Report of the Indian Hemp Drugs Commission, 1894-1895 - Volume VII
Year: 1894
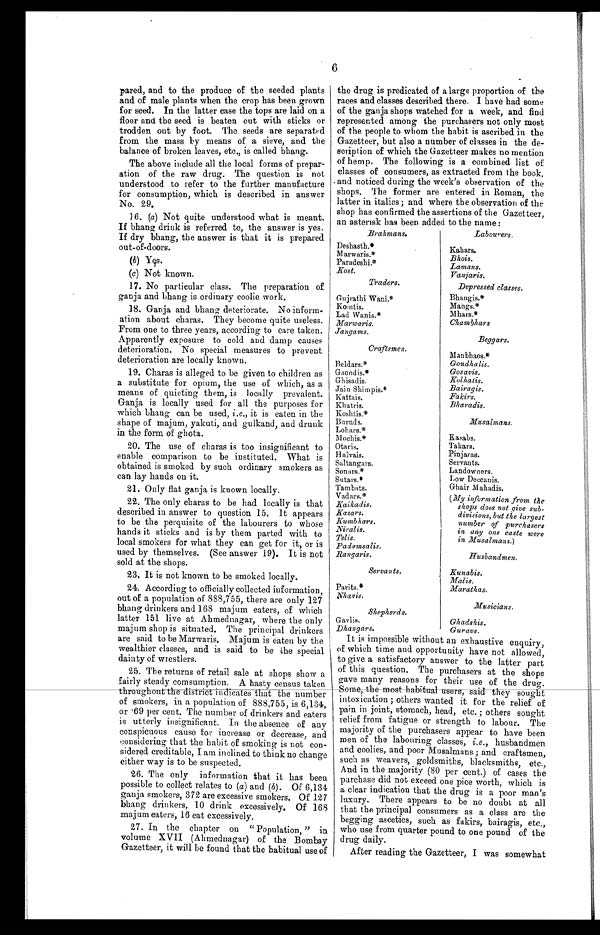
pared, and to the produce of the seeded plants
and of male plants when the crop has been grown
for seed. In the latter case the tops are laid on a
floor and the seed is beaten out with sticks or
trodden out by foot. The seeds are separated
from the mass by means of a sieve, and the
balance of broken leaves, etc., is called bhang.
The above include all the local forms of prepar--
ation of the raw drug. The question is not
understood to refer to the further manufacture
for consumption, which is described in answer
No. 29.
16. (a) Not quite understood what is meant.
If bhang drink is referred to, the answer is yes.
If dry bhang, the answer is that it is prepared
out-of-doors.
(b) Yes.
(c) Not known.
17. No particular class. The preparation of
ganja and bhang is ordinary coolie work.
18. Ganja and bhang deteriorate. No inform-
ation about charas. They become quite useless.
From one to three years, according to care taken.
Apparently exposure to cold and damp causes
deterioration. No special measures to prevent
deterioration are locally known.
19. Charas is alleged to be given to children as
a substitute for opium, the use of which, as a
means of quieting them, is locally prevalent.
Ganja is locally used for all the purposes for
which bhang can be used, i.e., it is eaten in the
shape of majum, yakuti, and gulkand, and drunk
in the form of ghota.
20. The use of charas is too insignificant to
enable comparison to be instituted. What is
obtained is smoked by such ordinary smokers as
can lay hands on it.
21. Only flat ganja is known locally.
22. The only charas to be had locally is that
described in answer to question 15. It appears
to be the perquisite of the labourers to whose
hands it sticks and is by them parted with to
local smokers for what they can get for it, or is
used by themselves. (See answer 19). It is not
sold at the shops.
23. It is not known to be smoked locally.
24. According to officially collected information,
out of a population of 888,755, there are only 127
bhang drinkers and 168 majum eaters, of which
latter 151 live at Ahmednagar, where the only
majum shop is situated. The principal drinkers
are said to be Marwaris. Majum is eaten b y the
wealthier classes, and is said to be the special
dainty of wrestlers.
6
25. The returns of retail sale at shops show a
fairly steady comsumption. A hasty census taken
throughout the district indicates t h a t
t h e n u m b e r
of smokers, in a population of 888,755, is 6,134,
or 69 per cent. The number of drinkers and eaters
is utterly insignificant. In the absence of any
conspicuous cause for increase or decrease, and
considering that the habit of smoking is not con-
sidered creditable, I am inclined to think no change
either way is to be suspected.
26. The only information that it has been
possible to collect relates to (a) and (b) . Of 6,134
ganja smokers, 372 are excessive smokers. Of 127
bhang drinkers, 10 drink excessively. Of 168
majum eaters, 16 eat excessively.
27. In the chapter on "Population, " in
volume XVII (Ahmednagar) of the Bombay
Gazetteer, it will be found that the habitual use of
the drug is predicated of a large proportion of the
races and classes described there. I have had some
of the ganja shops watched for a week, and find
represented among the purchasers not only most
of the people to whom the habit is ascribed in the
Gazetteer, but also a number of classes in the de-
-scription of which the Gazetteer makes no mention
of hemp. The following is a combined list of
classes of consumers, as extracted from the book,
and noticed during the week's observation of the
shops. The former are entered in Roman, the
latter in italics; and where the observation of the
shop has confirmed the assertions of the Gazetteer,
an asterisk has been added to the name :
Brahmans.
Deshasth.*
Marwaris.*
Paradeshi.*
Host.
Traders.
Gujrathi Wani.*
Komtis.
Lad Wanis.*
Marwaris.
Jangams.
Craftsmen.
Beldars.*
Gaondis.*
Ghisadis.
Jain Shimpis.
*
Kattais.
Khatris.
Koshtis.*
Buruds.
Lohars.*
M°chis.*
Otaris.
Halvais.
Saltangars.
Sonars.*
Sutars.*
Tambats.
Vadars.*
Kaikadis.
Kasars.
Kumbhars.
Niralis.
Telis.
Padamsalis.
Rangaris.
Servants.
Parits.*
Nhavis.
Shepherds.
Gavlis.
Dhangars.
Labourers.
Kabars.
Bhois.
Lamans.
Vanjaris.
Depressed classes.
Bhaugis.*
Mangs.*
Mhars.*
Chambhars
Beggars.
Manbhaos.*
Gondhalis.
Gosavis.
Kolhatis.
Bairagis.
Fakirs.
Bharadis.
Musalmams,
Kasabs.
Takars.
Pinjaras.
Servants.
Landowners.
Low Deccanis.
Ghair Mahadis.
( My information from the
shops does not give sub-
divisions, but the largest
number of purchasers
in any one caste were
in Musalmans.)
Husbandmen.
Kunabis.
Malis.
Marathas.
Musicians.
Ghadshis.
Guravs.
It is impossible without an exhaustive enquiry;
of which time and opportunity have not allowed,
to give a satisfactory answer to the latter part
of this question. The purchasers at the shops
gave many reasons for their use of the drug.
Some, the most habitual user, said they sought
intoxication ; others wanted it for the relief of
pain in joint, stomach, head, etc. ; others sought
relief from fatigue or strength to labour. The
majority of the purchasers appear to have been
men of the labouring classes, i.e., husbandmen
and coolies, and poor Musalmans ; and craftsmen,
such as weavers, goldsmiths, blacksmiths, etc.,
And in the majority (80 per cent.) of cases the
purchase did not exceed one pice worth, which is
a clear indication that the drug is a poor man's
luxury. There appears to be no doubt at all
that the principal consumers as a class are the
begging ascetics, such as fakirs, bairagis, etc.,
who use from quarter pound to one pound of the
drug daily.
After reading the Gazetteer, I was somewhat